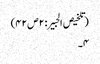
(تلخیص الحبیر: ۲ص۴۲)
۴۔